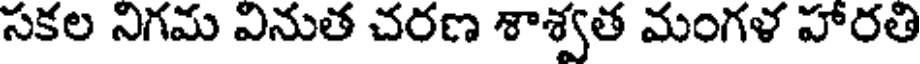
సకల నిగమ వినుత చరణ శాశ్వత మంగళ హారతి